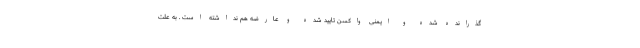
گذرانده شده و ایمنی واکسن تایید شده و عارضه هم نداشته است . به علت